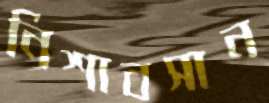
নিশাবসান